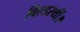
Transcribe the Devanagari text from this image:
बिल्डरथीं।